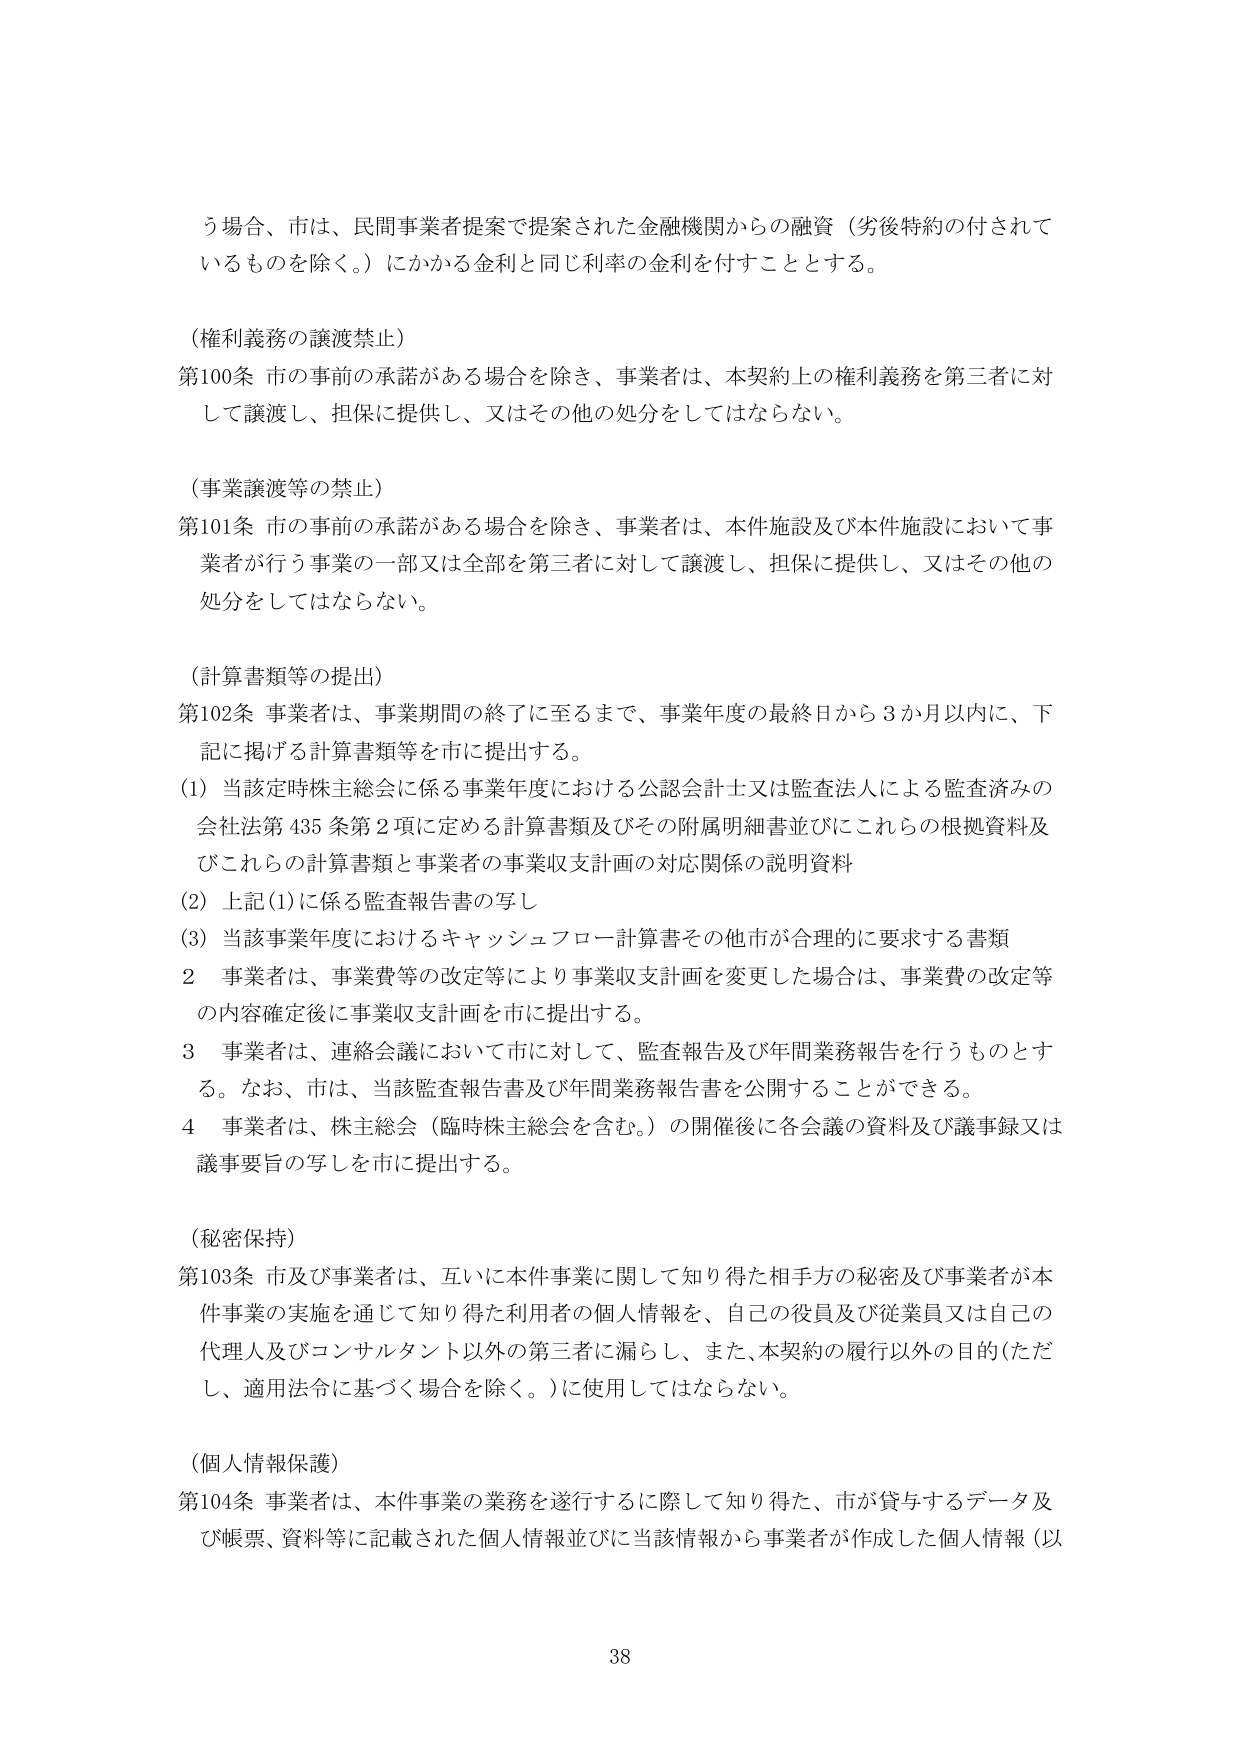
う場合、市は、民間事業者提案で提案された金融機関からの融資（劣後特約の付されているものを除く。）にかかる金利と同じ利率の金利を付すこととする。

（権利義務の譲渡禁止）
第100条 市の事前の承諾がある場合を除き、事業者は、本契約上の権利義務を第三者に対して譲渡し、担保に提供し、又はその他の処分をしてはならない。

（事業譲渡等の禁止）
第101条 市の事前の承諾がある場合を除き、事業者は、本件施設及び本件施設において事業者が行う事業の一部又は全部を第三者に対して譲渡し、担保に提供し、又はその他の処分をしてはならない。

（計算書類等の提出）
第102条 事業者は、事業期間の終了に至るまで、事業年度の最終日から3か月以内に、下記に掲げる計算書類等を市に提出する。
(1) 当該定時株主総会に係る事業年度における公認会計士又は監査法人による監査済みの会社法第435条第2項に定める計算書類及びその附属明細書並びにこれらの根拠資料及びこれらの計算書類と事業者の事業収支計画の対応関係の説明資料
(2) 上記(1)に係る監査報告書の写し
(3) 当該事業年度におけるキャッシュフロー計算書その他市が合理的に要求する書類
2 事業者は、事業費等の改定等により事業収支計画を変更した場合は、事業費の改定等の内容確定後に事業収支計画を市に提出する。
3 事業者は、連絡会議において市に対して、監査報告及び年間業務報告を行うものとする。なお、市は、当該監査報告書及び年間業務報告書を公開することができる。
4 事業者は、株主総会（臨時株主総会を含む。）の開催後に各会議の資料及び議事録又は議事要旨の写しを市に提出する。

（秘密保持）
第103条 市及び事業者は、互いに本件事業に関して知り得た相手方の秘密及び事業者が本件事業の実施を通じて知り得た利用者の個人情報を、自己の役員及び従業員又は自己の代理人及びコンサルタント以外の第三者に漏らし、また、本契約の履行以外の目的（ただし、適用法令に基づく場合を除く。）に使用してはならない。

（個人情報保護）
第104条 事業者は、本件事業の業務を遂行するに際して知り得た、市が貸与するデータ及び帳票、資料等に記載された個人情報並びに当該情報から事業者が作成した個人情報（以

38